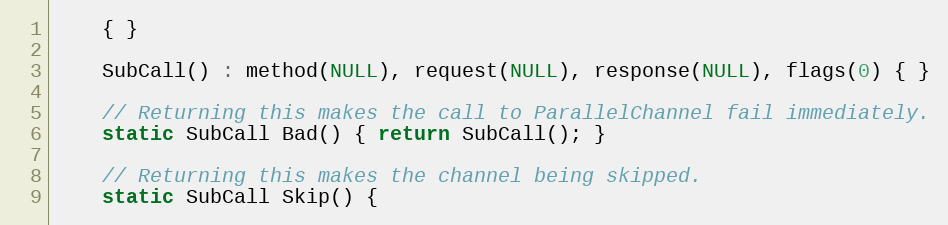
Language: C
    { }

    SubCall() : method(NULL), request(NULL), response(NULL), flags(0) { }

    // Returning this makes the call to ParallelChannel fail immediately.
    static SubCall Bad() { return SubCall(); }

    // Returning this makes the channel being skipped.
    static SubCall Skip() {